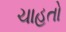
ચાહતો